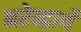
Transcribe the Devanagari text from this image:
नरेन्द्रार्थे